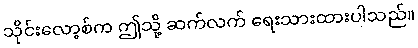
သိုင်းလော့စ်က ဤသို့ ဆက်လက် ရေးသားထားပါသည်။